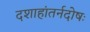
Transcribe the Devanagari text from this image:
दशाहांतर्नदोषः